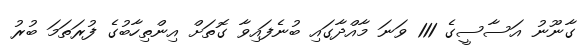
ގާނޫނު އަސާސީގެ 111 ވަނަ މާއްދާގައި ބުނެފައިވާ ގޮތަށް އިންތިހާބުގެ ފުރަތަމަ ބުރު